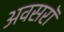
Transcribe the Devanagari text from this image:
अवसरॉ